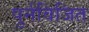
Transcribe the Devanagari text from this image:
पुर्नविजित